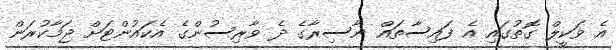
އެ ވަކީލް ގޮތުގައި އެ ފައިސާތައް ނާސިރާގެ ދެ ވާރިސުންގެ އެކައުންޓަށް ޖަމާކުރަން